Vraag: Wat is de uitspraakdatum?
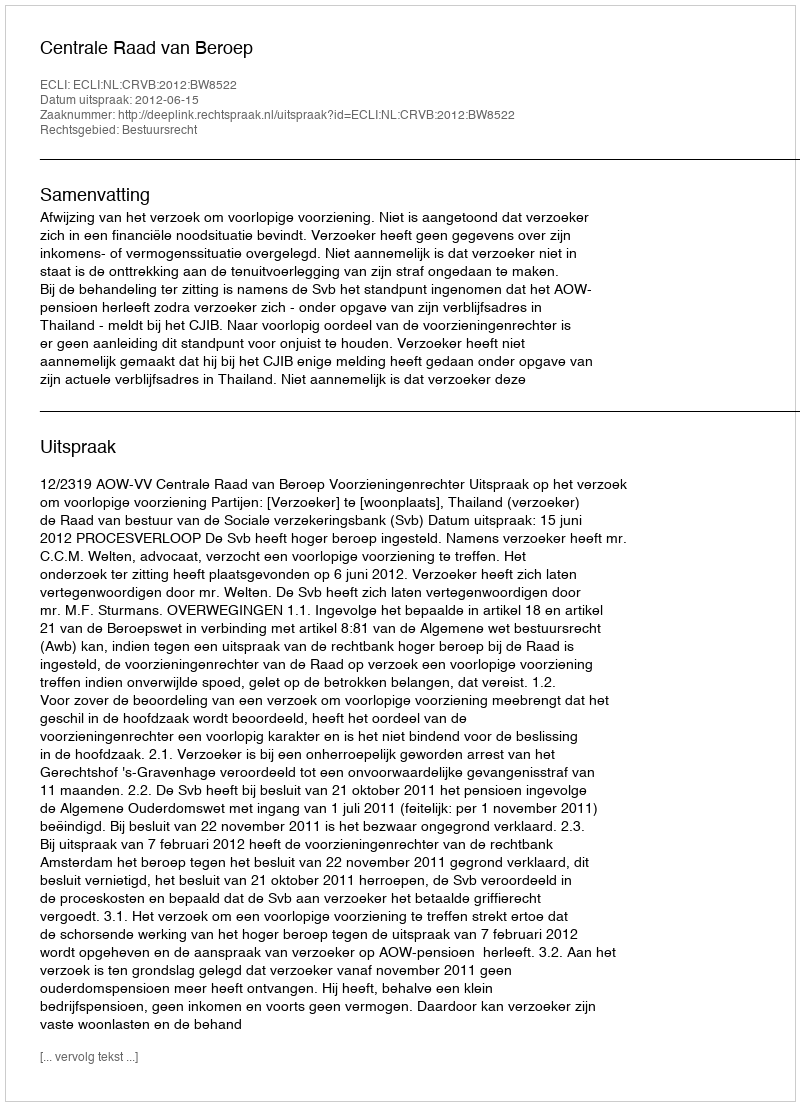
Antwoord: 2012-06-15